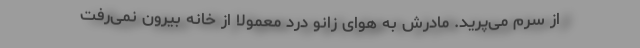
از سرم می‌پرید. مادرش به هوای زانو درد معمولاً از خانه بیرون نمی‌رفت